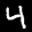
Label: 4